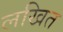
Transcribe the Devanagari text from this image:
लखित